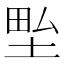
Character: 𭎢